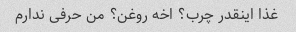
غذا اینقدر چرب؟ اخه روغن؟ من حرفی ندارم